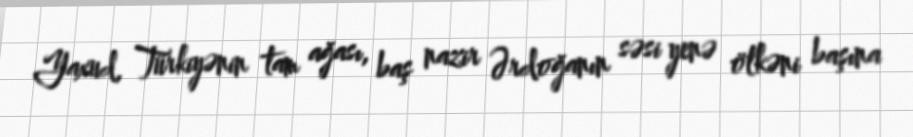
Yaxud, Türkiyənin tam ağası, baş nazir Ərdoğanın səsi yenə ölkəni başına